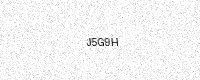
Text: J5G9H